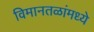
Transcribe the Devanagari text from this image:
विमानतळांमध्ये